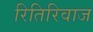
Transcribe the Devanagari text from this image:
रितिरिवाज